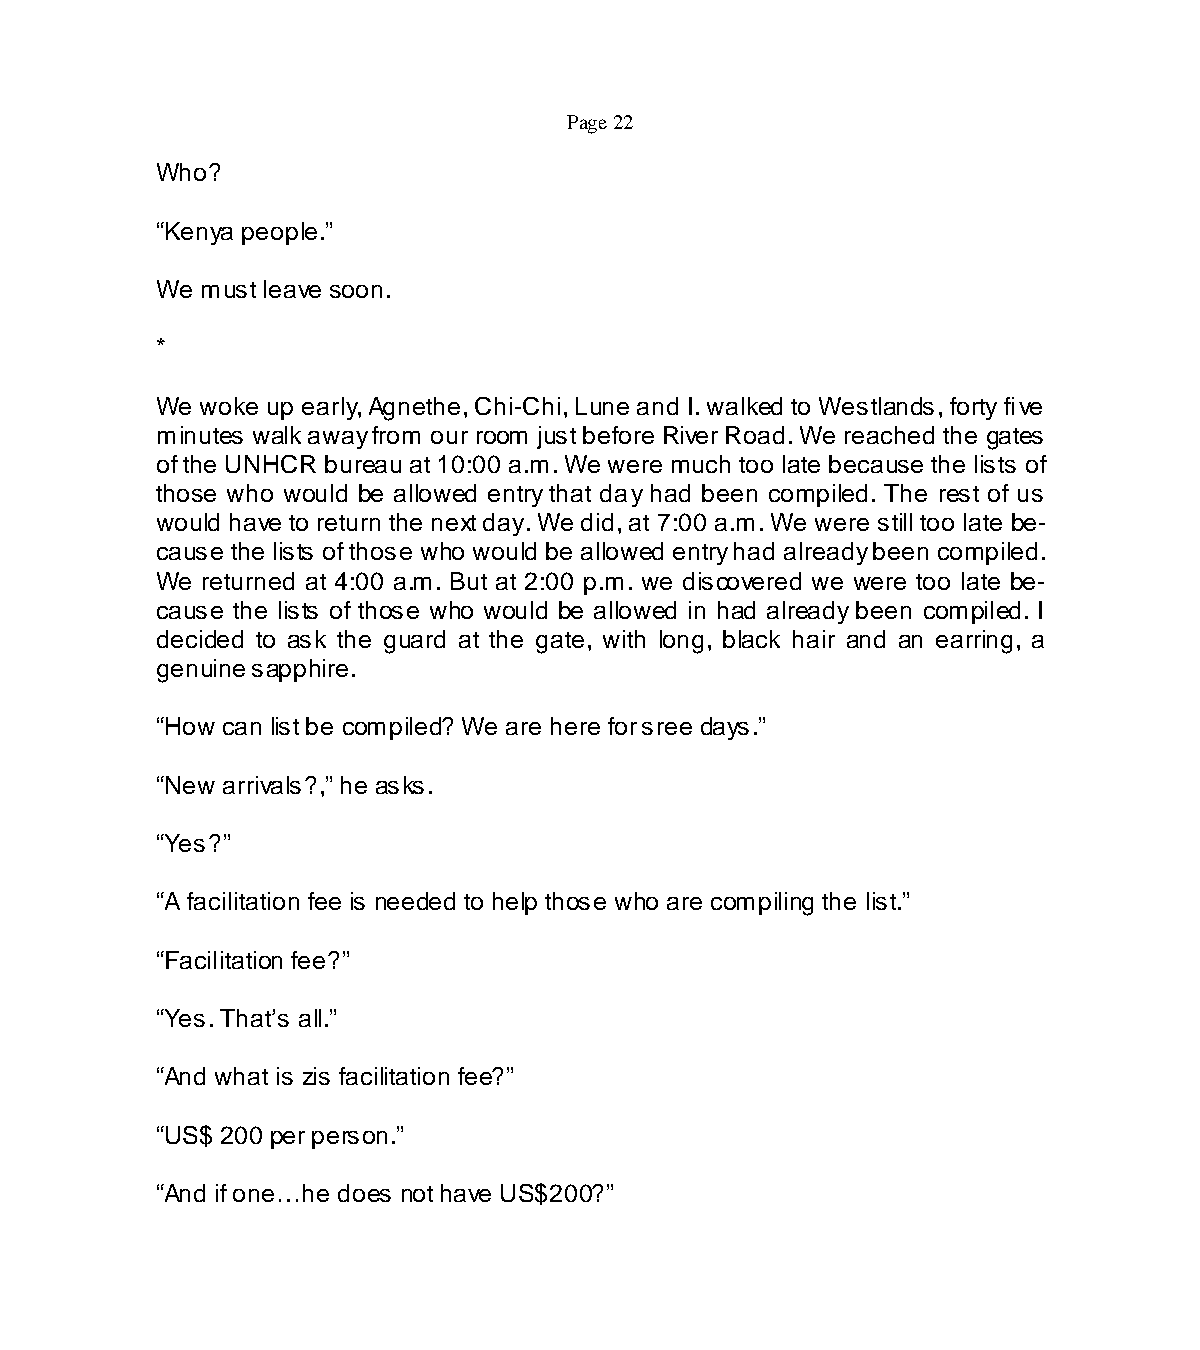
Page 22
 Who?
 “Kenya people.”
 We must leave soon.
 *
 We woke up early, Agnethe, Chi-Chi, Lune and I. walked to Westlands, forty five
 minutes walk away from our room just before River Road. We reached the gates
 of the UNHCR bureau at 10:00 a.m. We were much too late because the lists of
 those who would be allowed entry that day had been compiled. The rest of us
 would have to return the next day. We did, at 7:00 a.m. We were still too late be-
 cause the lists of those who would be allowed entry had already been compiled.
 We returned at 4:00 a.m. But at 2:00 p.m. we discovered we were too late be-
 cause the lists of those who would be allowed in had already been compiled. I
 decided to ask the guard at the gate, with long, black hair and an earring, a
 genuine sapphire.
 “How can list be compiled? We are here for sree days.”
 “New arrivals?,” he asks.
 “Yes?”
 “A facilitation fee is needed to help those who are compiling the list.”
 “Facilitation fee?”
 “Yes. That’s all.”
 “And what is zis facilitation fee?”
 “US$ 200 per person.”
 “And if one…he does not have US$200?”